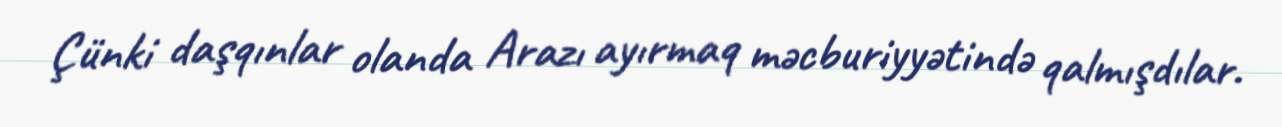
Çünki daşqınlar olanda Arazı ayırmaq məcburiyyətində qalmışdılar.